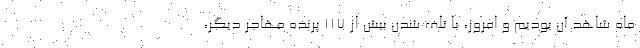
ماه شاهد آن بودیم و امروز، با تلف شدن بیش از ۱۱۷ پرنده مهاجر دیگر،